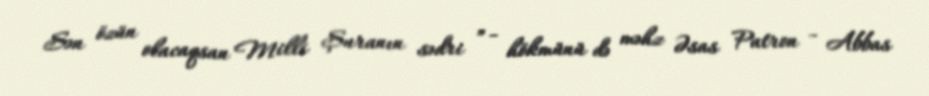
Sən özün olacaqsan Milli Şuranın sədri ” - hökmünü də məhz Əsas Patron - Abbas